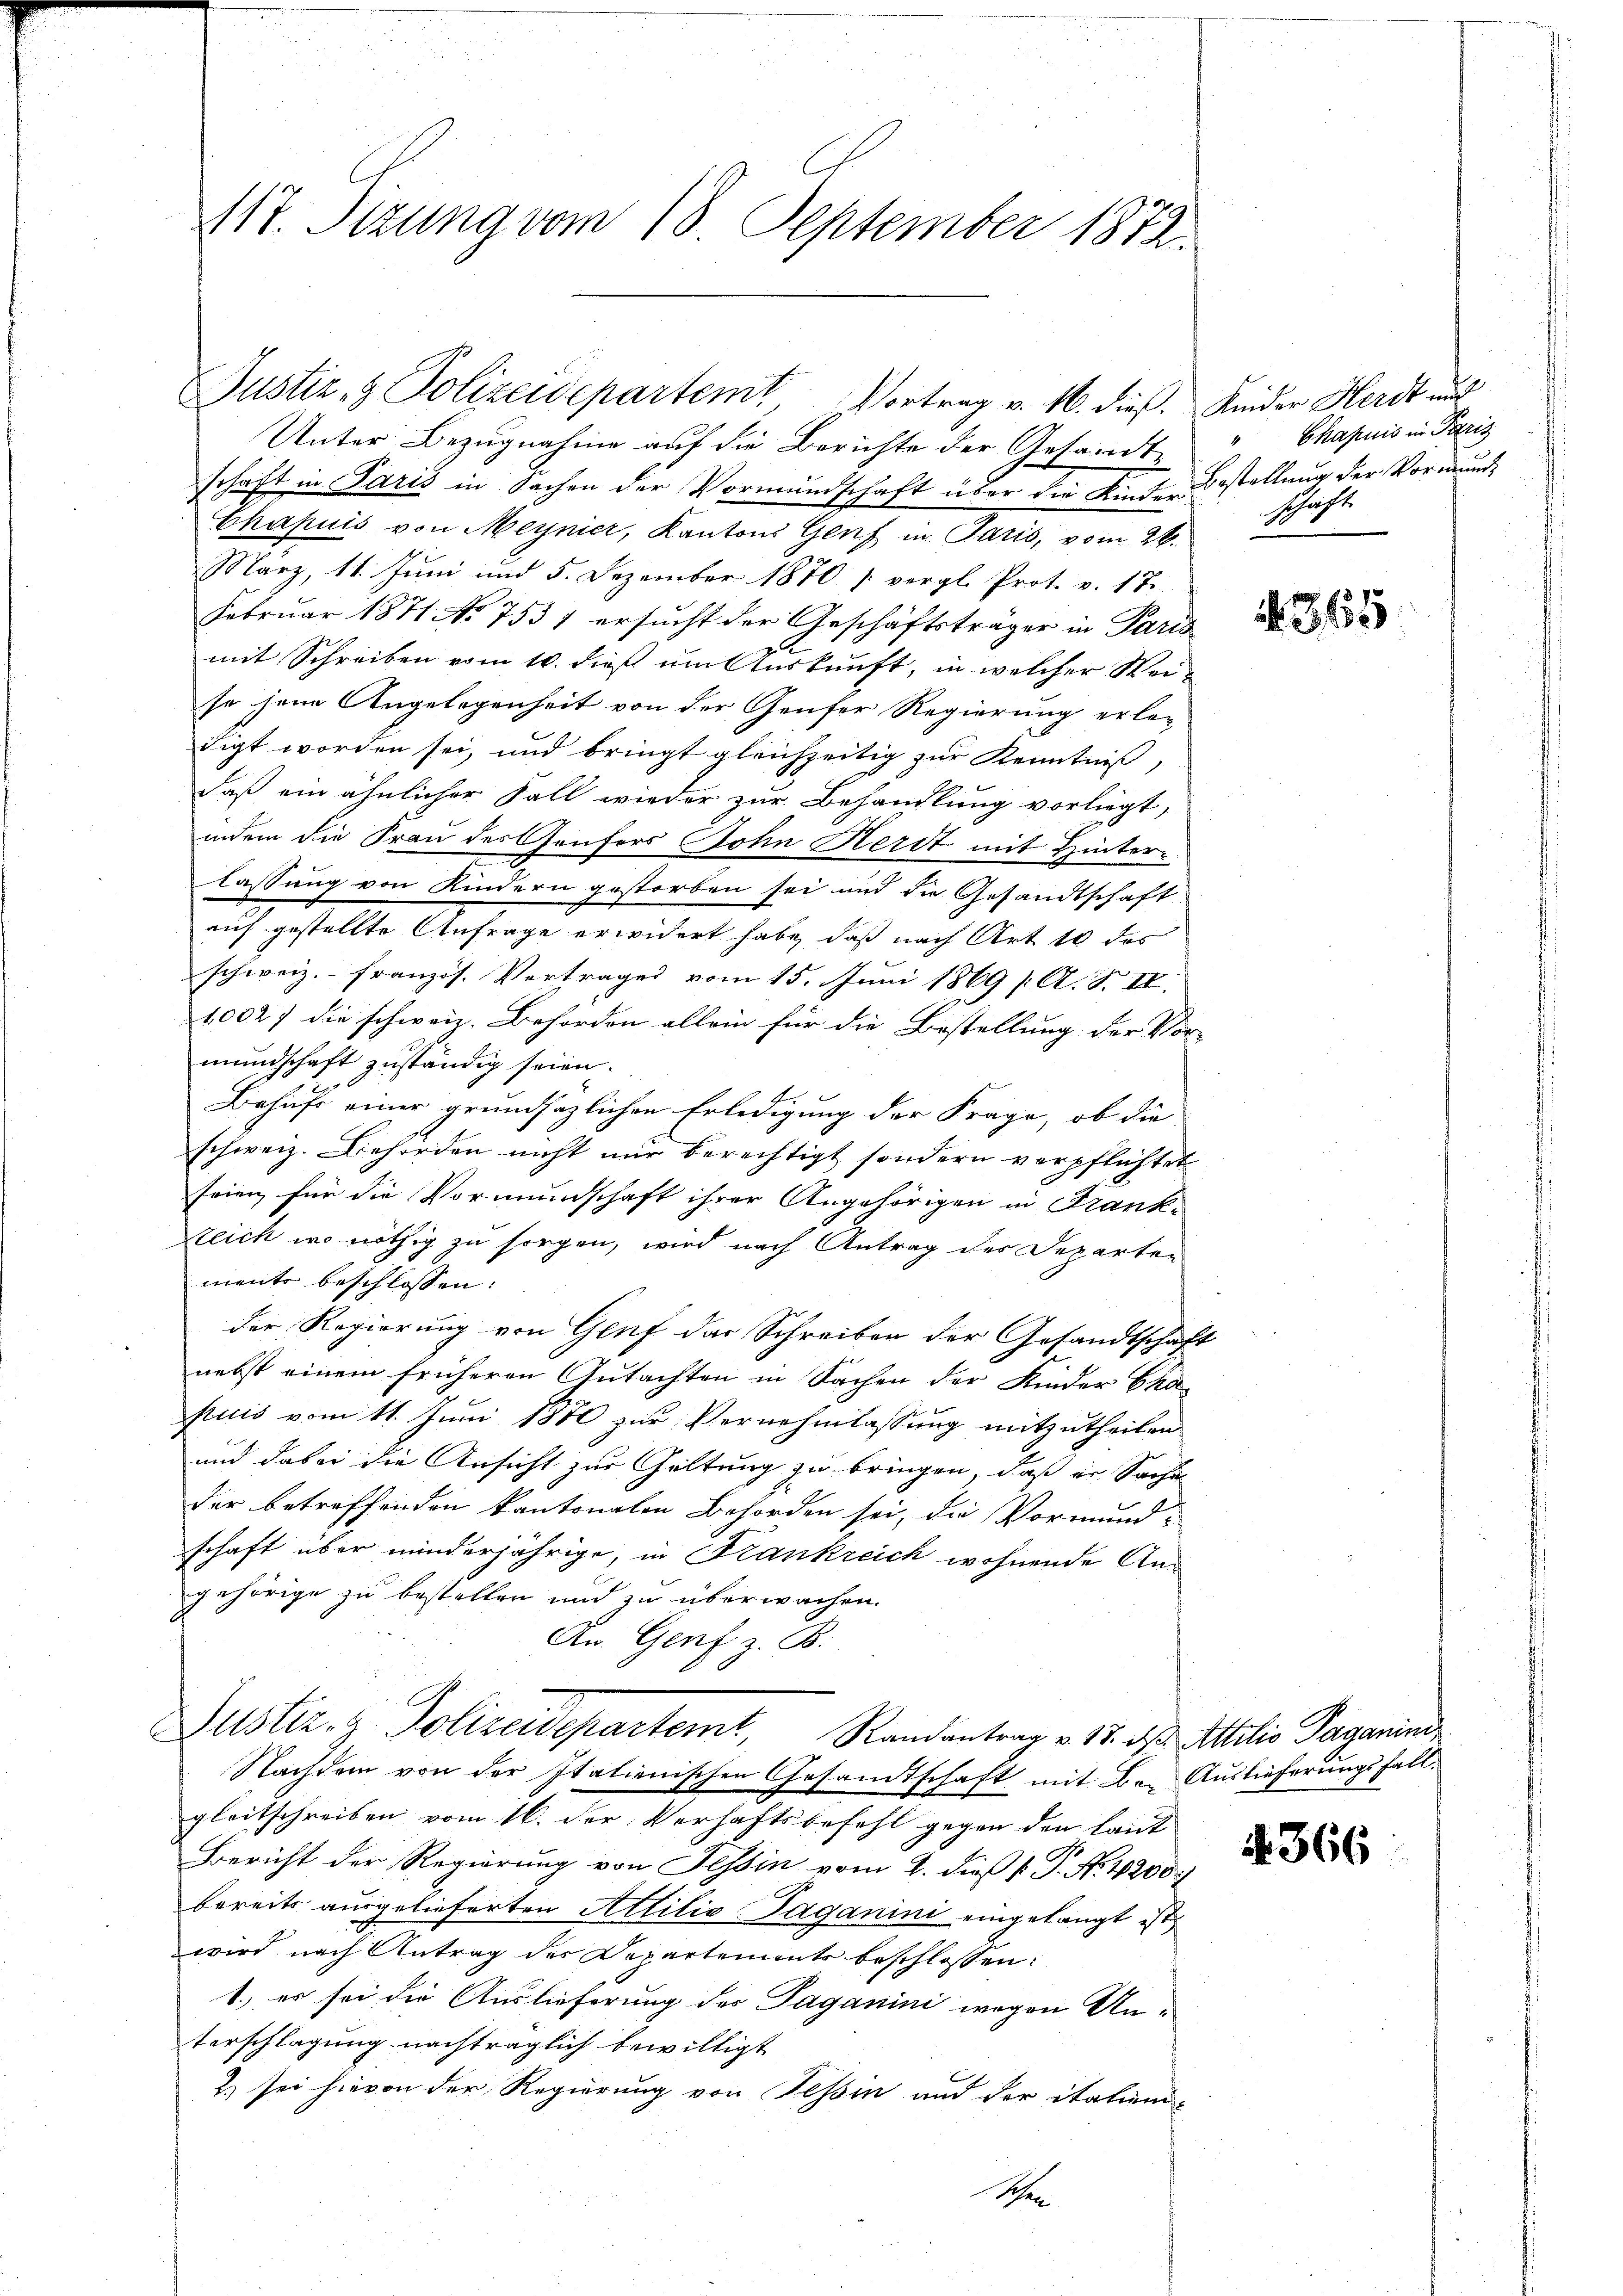
M17. Sizung vom 18. September 1872

Unter Bezugnahme auf die Berichte der Antandtschaft in Paris in Sachen der Vormundschaft über die Kinder Bestellung der Vormunde
Chapuis von Meynier, Kantons Genf in Paris, vom 24. Schaft
März, 11. Juni und 5. Dezember 1870 (vergl. Prot. v. 17.
Februar 1841 No 7537 ersucht der Geschäftsträger in Paris
mit Schreiben vom 10. dieß um Auskunft, in welcher Weiso seine Angelegenheit von der Genfer Regierung erle-
digt worden sei, und bringt gleichzeitig zur Kenntniß,
daß ein ähnlicher Fall wieder zur Behandlung vorliegt,
indem die Frau des Gonfers Sohn Herdt mit Hinterlassung von Kindern gestorben sei und die Gesandtschaft
auf gestellte Anfrage erwidert habe, daß nach Art 10 des
schweiz.- französ. Vertrages vom 15. Juni 1869 [ A. S. II.
10027 die schweiz. Behörden allein für die Bestellung der Vor-
mundschaft zuständig seien.
Behufs einer grundsazlichen Erledigung der Frage, ob die
schweiz. Behörden nicht nur berechtigt sondern verpflichtet
feien für die Vormundschaft ihrer Angehörigen in Frank¬
Steich wo nöthig zu sorgen, wird nach Antrag der Departen
mente beschlossen:
der Regierung von Genf das Schreiben der Gesandtschaft
nebst einem früheren Gutachten in Sachen der Kinder Cha-
fliis vom 11. Juni 1870 zur Vernehmlassung mitzutheilen
und dabei die Ansicht zur Geltung zu bringen, daß er Sache
der betreffenden kantonalen Behörden sei, die Vormund-
schaft über minderjährige, in Frankreich wohnende Angehörige zu bestellen und zu überwachen.
An Genf z. B.
Justiz- & Polizeidepartemt, Randantrag v. 17. ds. Artilis Tagenend,
Nachdem von der Italienischen Gesandtschaft mit Be- Auslieferungsfall
gleitschreiben vom 16. der Verhaftsbefehl gegen den laut
Bericht der Regierung von Tessin vom 2. dieß P. P. No. 4200.
bereits ausgelieferten Attilio Saganini eingelangt ist,
wird nach Antrag des Departements beschlossen:
1.) es sei die Auslieferung des Paganini wegen Anterschlagung nachträglich bewilligt
2) sei hievon der Regierung von Tessin und der italieni
e

Justiz- & Polizeidepartem Vortrag v. M. dieß. Kinder Herdt und

Chapuis in Paris

365

4. 366